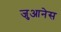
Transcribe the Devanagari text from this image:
जुआनेस